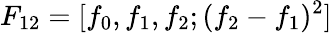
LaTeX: F_{12}=[f_{0},f_{1},f_{2};(f_{2}-f_{1})^{2}]